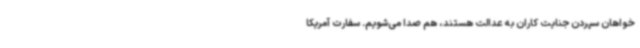
خواهان سپردن جنایت کاران به عدالت هستند، هم صدا می‌شویم. سفارت آمریکا